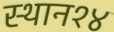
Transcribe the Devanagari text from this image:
स्थान१४